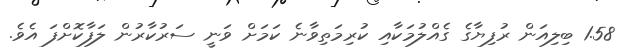
1.58 ބިލިއަން ރުފިޔާގެ ގެއްލުމަކާއި ކުރިމަތިވާނެ ކަމަށް ވަނީ ސަރުކާރުން ލަފާކޮށްފަ އެވެ.